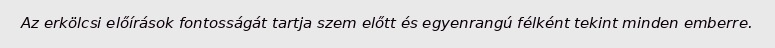
Az erkölcsi előírások fontosságát tartja szem előtt és egyenrangú félként tekint minden emberre.